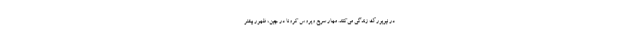
در نیویورک زندگی می‌کنند. مهار سریع ویروس کرونا در چین، ظهور بیشتر